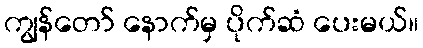
ကျွန်တော် နောက်မှ ပိုက်ဆံ ပေးမယ်။